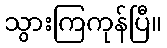
သွားကြကုန်ပြီ။